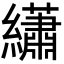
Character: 𬘎